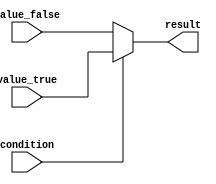
module conditional_operator (
    input wire condition,
    input wire [3:0] value_true,
    input wire [3:0] value_false,
    output reg [3:0] result
);

always @(condition)
begin
    result = condition ? value_true : value_false;
end

endmodule